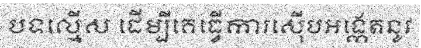
បទល្មើស ដើម្បីគេធ្វើការស៊ើបអង្កេតនូវ